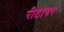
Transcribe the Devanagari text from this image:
रीटायर